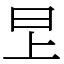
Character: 㫔